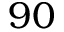
9 0